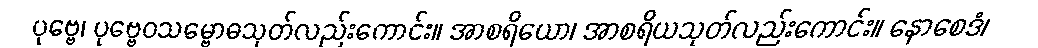
ပုဗ္ဗေ၊ ပုဗ္ဗေဝသမ္ဗောဓသုတ်လည်းကောင်း။ အာစရိယော၊ အာစရိယသုတ်လည်းကောင်း။ နောစေဒံ၊